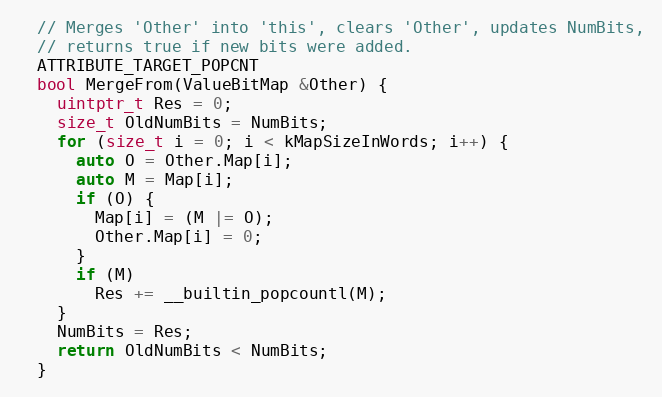
Language: C
  // Merges 'Other' into 'this', clears 'Other', updates NumBits,
  // returns true if new bits were added.
  ATTRIBUTE_TARGET_POPCNT
  bool MergeFrom(ValueBitMap &Other) {
    uintptr_t Res = 0;
    size_t OldNumBits = NumBits;
    for (size_t i = 0; i < kMapSizeInWords; i++) {
      auto O = Other.Map[i];
      auto M = Map[i];
      if (O) {
        Map[i] = (M |= O);
        Other.Map[i] = 0;
      }
      if (M)
        Res += __builtin_popcountl(M);
    }
    NumBits = Res;
    return OldNumBits < NumBits;
  }